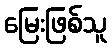
မြေးဖြစ်သူ